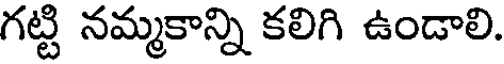
గట్టి నమ్మకాన్ని కలిగి ఉండాలి.